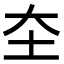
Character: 圶